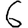
Digit: 6